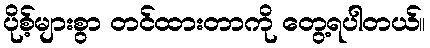
ပိုစ့်များစွာ တင်ထားတာကို တွေ့ရပါတယ်။